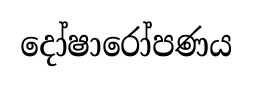
දෝෂාරෝපණය